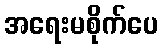
အရေးမစိုက်ပေ